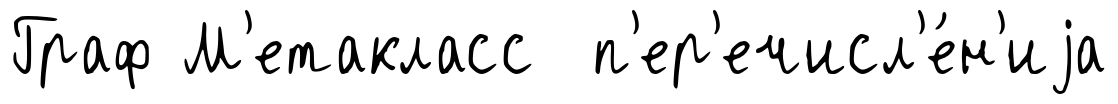
Граф М'етакласс п'ер'ечисл'е́н'иjа